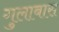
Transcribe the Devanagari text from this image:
गुलाबास